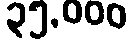
၃၅,၀၀၀